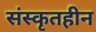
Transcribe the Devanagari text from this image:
संस्कृतहीन